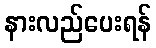
နားလည်ပေးရန်